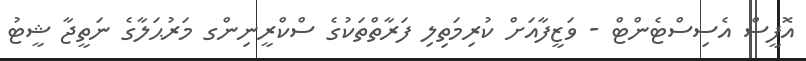
އޮފީސް އެސިސްޓެންޓް - ވަޒީފާއަށް ކުރިމަތިލި ފަރާތްތަކުގެ ސްކްރީނިންގ މަރުޙަލާގެ ނަތީޖާ ޝީޓު